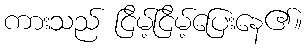
ကားသည် ငြိမ့်ငြိမ့်ပြေးနေ၏။